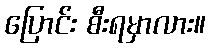
ပြောင်း စီးရမှာလား။